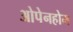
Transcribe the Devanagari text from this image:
ओपेनहोम